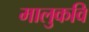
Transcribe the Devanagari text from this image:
मालुकवि